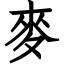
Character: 麥